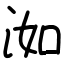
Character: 洳